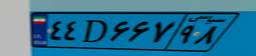
۷۵D۴۳۰۰۱